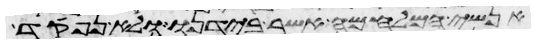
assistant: אנשי המלחמה אשר בידנו ולא נפקד